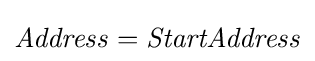
{\mathit {Address}}={\mathit {StartAddress}}